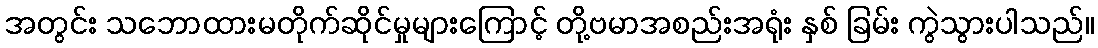
အတွင်း သဘောထားမတိုက်ဆိုင်မှုများကြောင့် တို့ဗမာအစည်းအရုံး နှစ် ခြမ်း ကွဲသွားပါသည်။